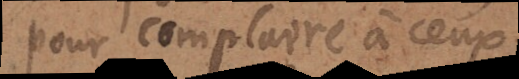
pour complaire à ceux